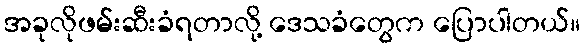
အခုလိုဖမ်းဆီးခံရတာလို့ ဒေသခံတွေက ပြောပါတယ်။